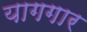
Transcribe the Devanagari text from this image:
यागगार